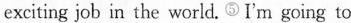
exciting job in the world. ⑤I'm going to